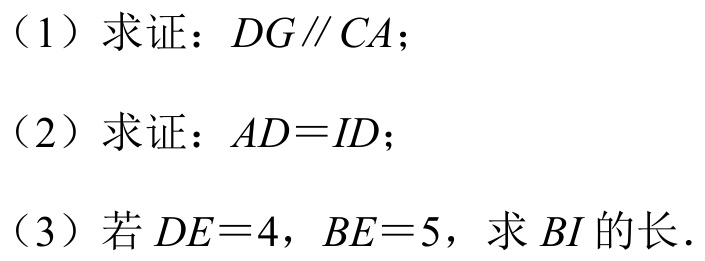
（1）求证：\(DG\parallel CA\)；
（2）求证：\(AD = ID\)；
（3）若 \(DE = 4\)，\(BE = 5\)，求 \(BI\) 的长．